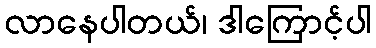
လာနေပါတယ်၊ ဒါကြောင့်ပါ